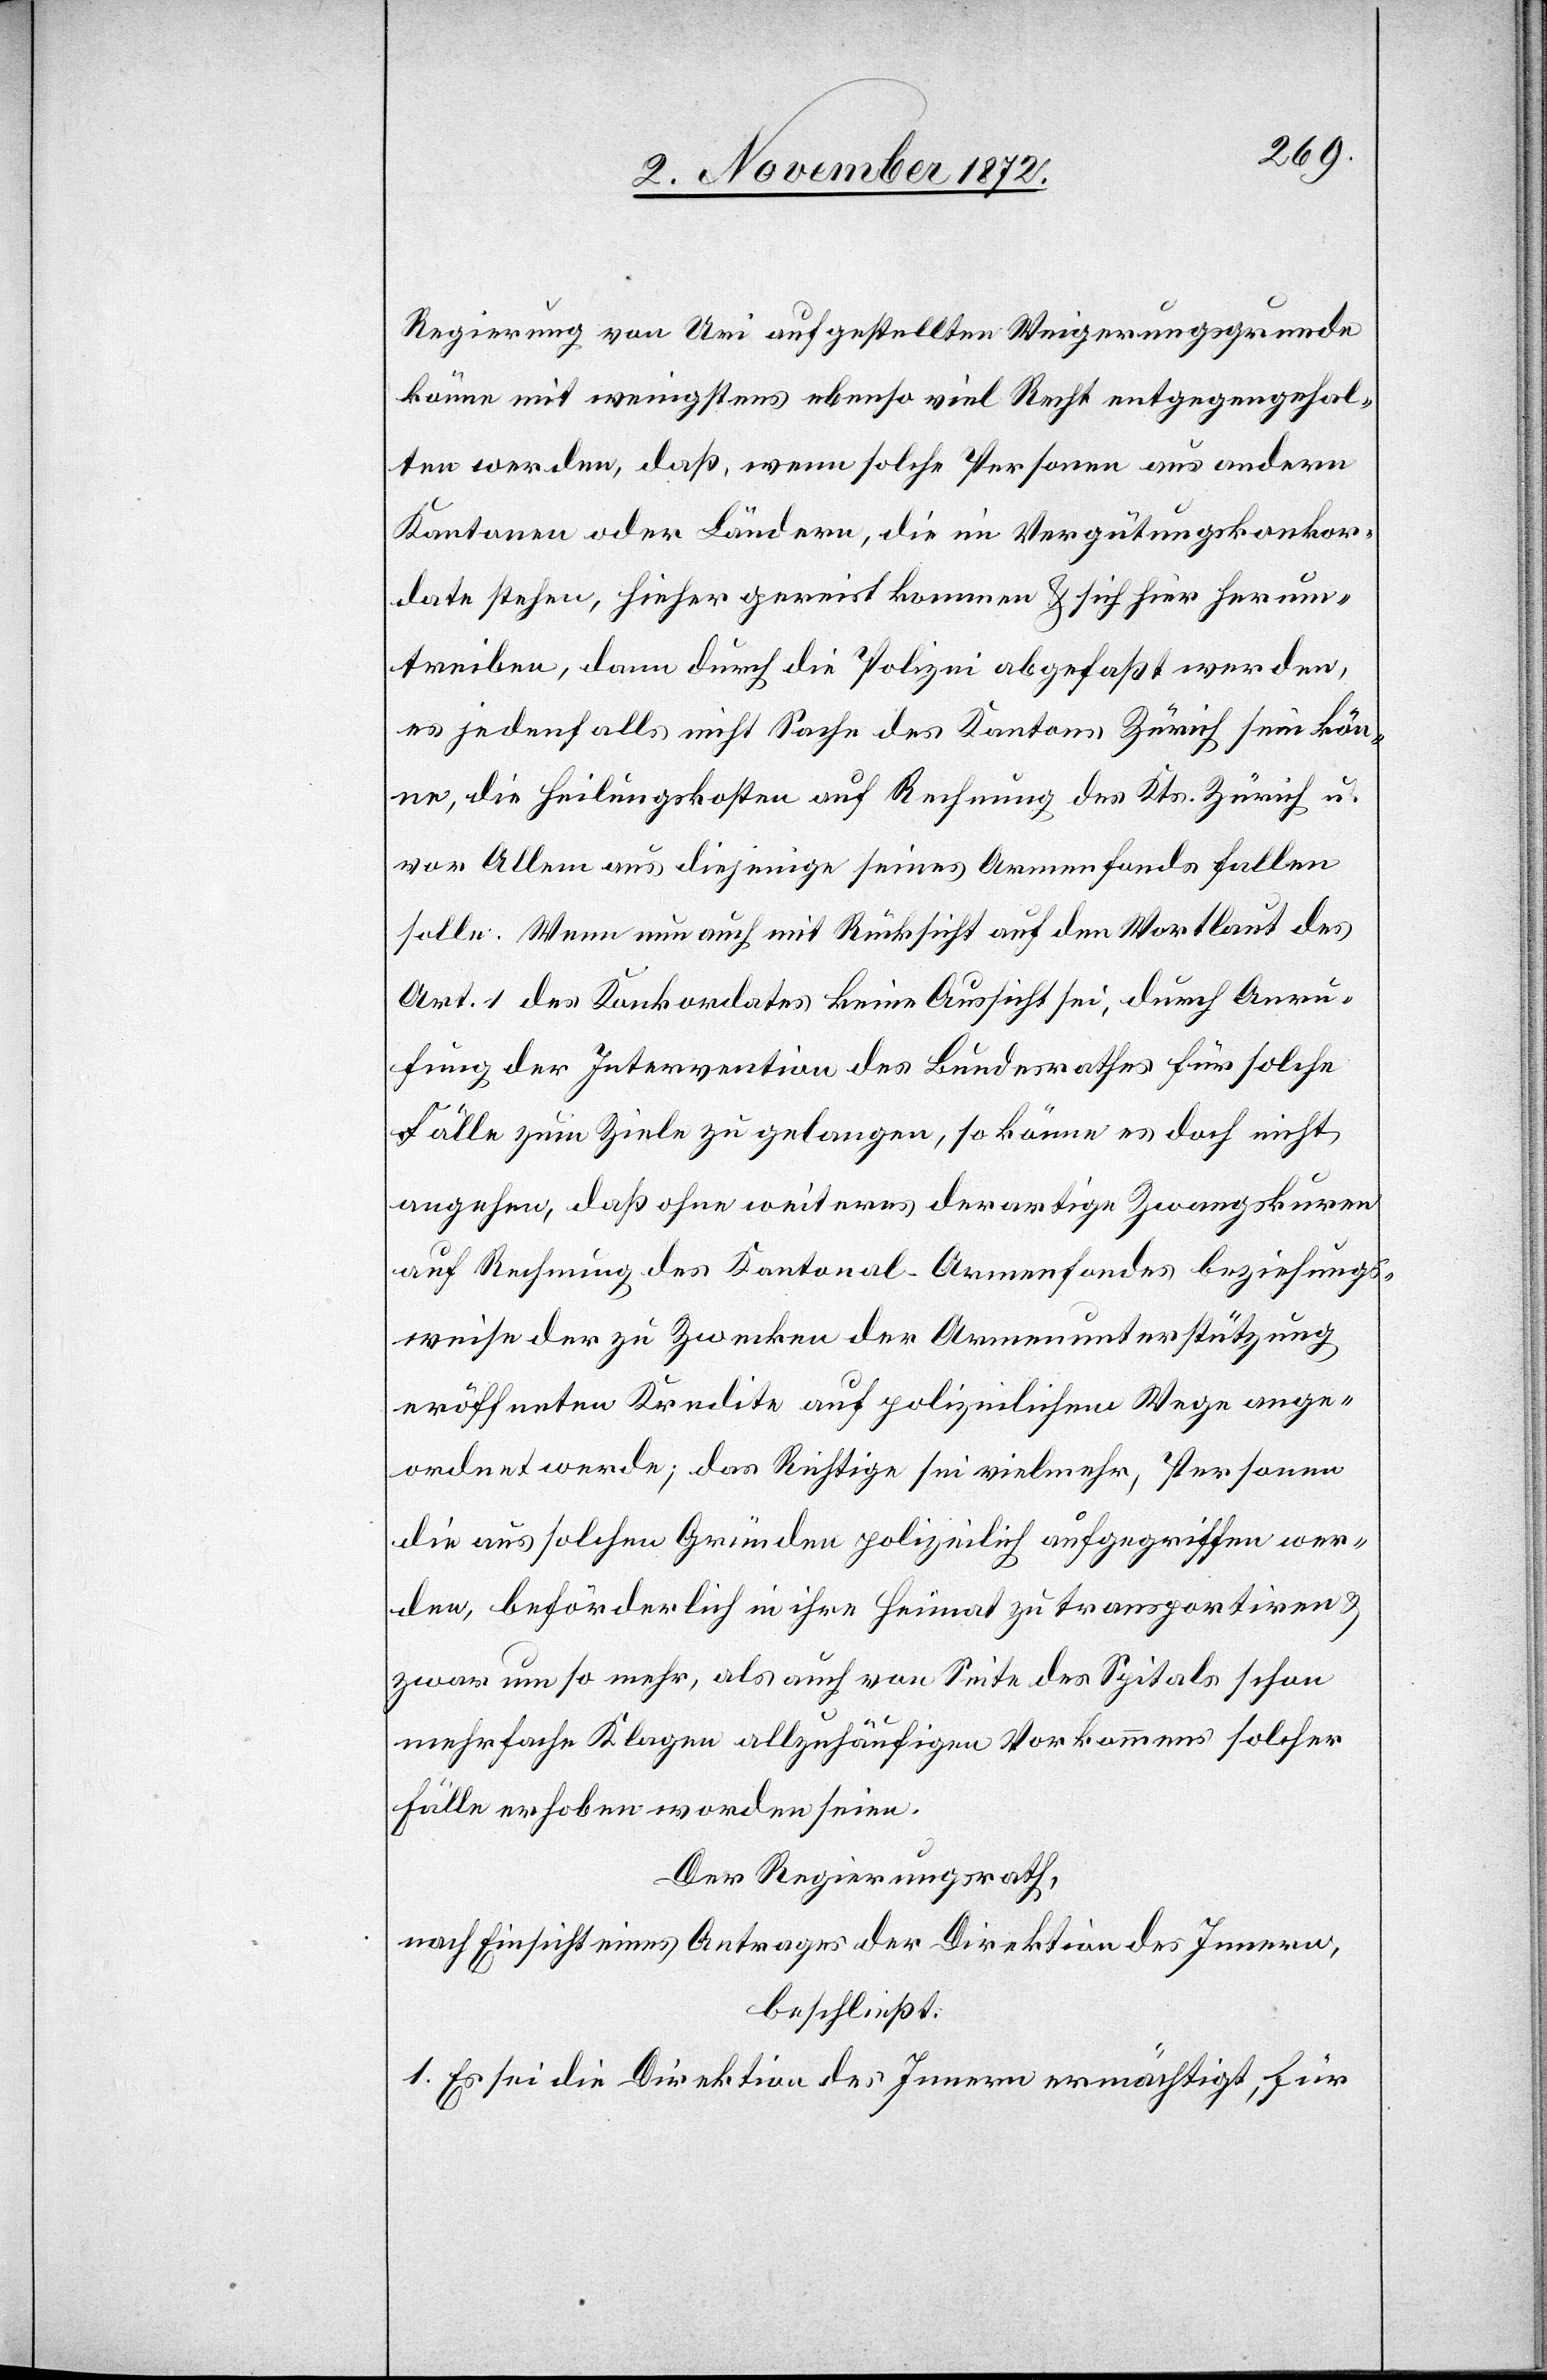
Regierung von Uri aufgestellten Weigerungsgrunde
könne mit wenigstens ebenso viel Recht entgegengehal¬
ten werden, daß, wenn solche Personen aus andern
Kantonen oder Ländern, die im Vergütungskonkor¬
date stehen, hieher gereist kommen u. sich hier herum¬
treiben, dann durch die Polizei abgefaßt werden,
es jedenfalls nicht Sache des Kantons Zürich sein kön¬
ne, die Heilungskosten auf Rechnung des Kts. Zürich u.
vor Allem aus diejenige seines Armenfonds fallen
solle. Wenn nun auch mit Rücksicht auf den Wortlaut des
Art. 1 des Konkordates keine Aussicht sei, durch Anru¬
fung der Intervention des Bundesrathes für solche
Fälle zum Ziele zu gelangen, so könne es doch nicht
angehen, daß ohne weiteres derartige Zwangskuren
auf Rechnung des Kantonal-Armenfondes beziehungs¬
weise der zu Zwecken der Armenunterstützung
eröffneten Kredite auf polizeilichem Wege ange¬
ordert werde; das Richtige sei vielmehr, Personen
die aus solchen Gründen polizeilich aufgegriffen wer¬
den, beförderlich in ihre Heimat zu transportiren u.
zwar um so mehr, als auch von Seite des Spitals schon
mehrfache Klagen allzuhäufigen Vorkommens solcher
Fälle erhoben worden seien.
Der Regierungsrath,
nach Einsicht eines Antrages der Direktion des Innern,
beschließt:
1. Es sei die Direktion des Innern ermächtigt, für